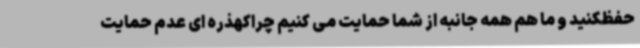
حفظکنید و ما هم همه جانبه از شما حمایت می کنیم چراکهذره ای عدم حمایت